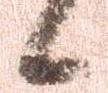
候